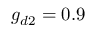
g _ { d 2 } = 0 . 9